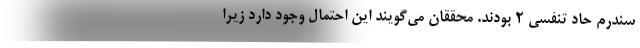
سندرم حاد تنفسی ۲ بودند. محققان می‌گویند این احتمال وجود دارد زیرا